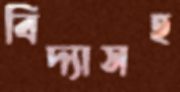
বিদ্যাসহ